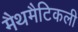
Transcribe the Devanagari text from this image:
मैथमैटिकली